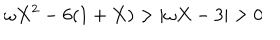
LaTeX: \omega X ^ { 2 } - 6 ( 1 + X ) > | \omega X - 3 | > 0